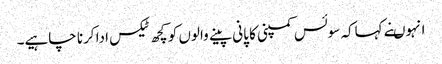
انہوںنے کہاکہ سوئس کمپنی کا پانی پینے والوں کو کچھ ٹیکس ادا کرنا چاہیے۔